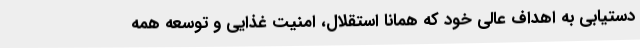
دستیابی به اهداف عالی خود که همانا استقلال، امنیت غذایی و توسعه همه